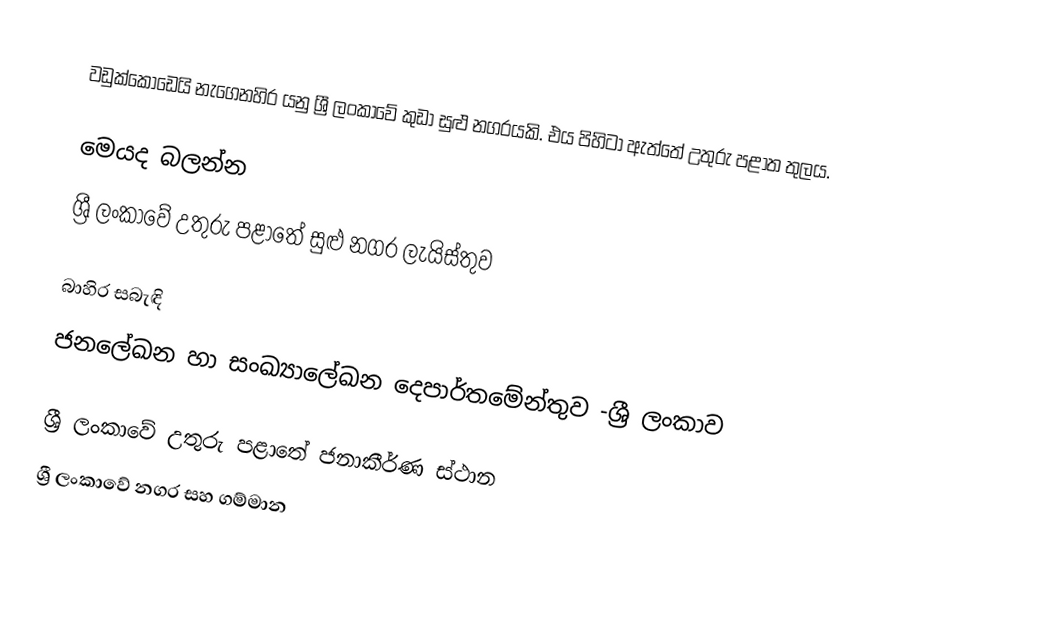
වඩුක්කොඩෙයි නැගෙනහිර යනු ශ්‍රී ලංකාවේ කුඩා සුළු නගරයකි. එය පිහිටා ඇත්තේ උතුරු පළාත තුලය.

මෙයද බලන්න
ශ්‍රී ලංකාවේ උතුරු පළාතේ සුළු නගර ලැයිස්තුව

බාහිර සබැඳි
ජනලේඛන හා සංඛ්‍යාලේඛන දෙපාර්තමේන්තුව -ශ්‍රී ලංකාව

ශ්‍රී ලංකාවේ උතුරු පළාතේ ජනාකීර්ණ ස්ථාන
ශ්‍රී ලංකාවේ නගර සහ ගම්මාන